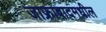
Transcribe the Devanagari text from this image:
जाफ्राबादमधील